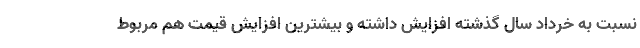
نسبت به خرداد سال گذشته افزایش داشته و بیشترین افزایش قیمت هم مربوط